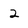
Character: 2